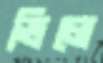
ভিলে